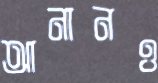
আনানও